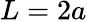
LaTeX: L=2a